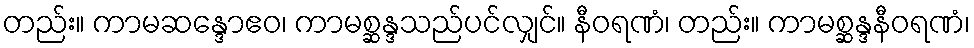
တည်း။ ကာမဆန္ဒောဧဝ၊ ကာမစ္ဆန္ဒသည်ပင်လျှင်။ နီဝရဏံ၊ တည်း။ ကာမစ္ဆန္ဒနီဝရဏံ၊